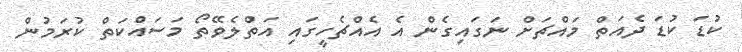
ކުޑަ ކުޑަ ދެއަތް މައްޗަށް ނަގައިގެން އެ އެއްޗެހީގައި އަތްލެވޭތޯ މަސައްކަތް ކުރަމުން